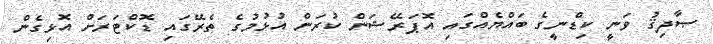
ޞާދިޤު ވަނީ ކިޑްނީގެ ބައްޔެއްގައި އޮޕަރޭޝަން ކުރަން އުޅުމުގެ ތެރޭގައި ޑޮކްޓަރަށް އޮޅިގެން